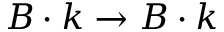
\boldsymbol { B } \cdot \boldsymbol { k } \rightarrow B \cdot k